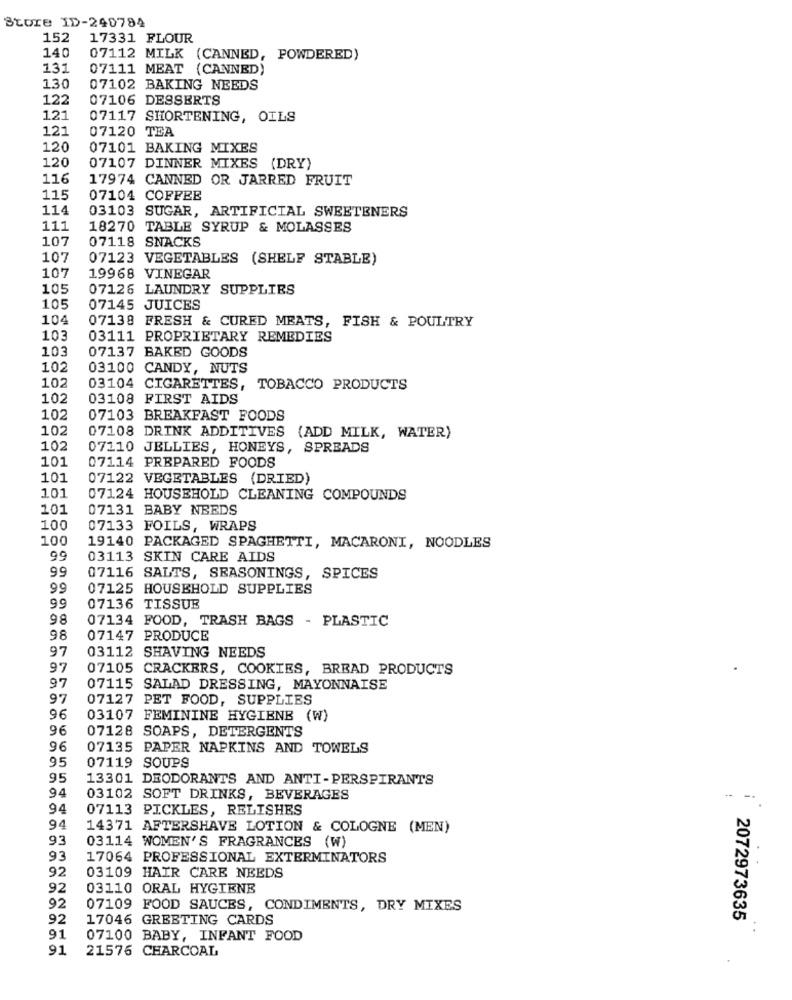
Store ID-240794
152
17331 FLOUR
140
07112 MILK (CANNED, POWDERED)
131
07111 MEAT (CANNED)
130
07102 BAKING NEEDS
122
07106 DESSERTS
121
07117 SHORTENING, OILS
121
07120 TEA
120
07101 BAKING MIXES
120
07107 DINNER MIXES (DRY)
116
17974 CANNED OR JARRED FRUIT
115
07104 COFFEE
114
03103 SUGAR, ARTIFICIAL SWEETENERS
111
18270 TABLE SYRUP & MOLASSES
107
07118 SNACKS
107
07123 VEGETABLES (SHELF STABLE)
107
19968 VINEGAR
105
07126 LAUNDRY SUPPLIES
105
07145 JUICES
104
07138 FRESH & CURED MEATS, FISH & POULTRY
103
03111 PROPRIETARY REMEDIES
103
07137 BAKED GOODS
102
03100 CANDY, NUTS
102
03104 CIGARETTES, TOBACCO PRODUCTS
102
03108 FIRST AIDS
102
07103 BREAKFAST FOODS
102
07108 DRINK ADDITIVES (ADD MILK, WATER)
102
07110 JELLIES, HONEYS, SPREADS
101
07114 PREPARED FOODS
101
07122 VEGETABLES (DRIED)
101
07124 HOUSEHOLD CLEANING COMPOUNDS
101
07131 BABY NEEDS
100
07133 FOILS, WRAPS
100
19140 PACKAGED SPAGHETTI, MACARONI, NOODLES
99
03113 SKIN CARE AIDS
99
07116 SALTS, SEASONINGS, SPICES
99
07125 HOUSEHOLD SUPPLIES
99
07136 TISSUE
98
07134 FOOD, TRASH BAGS - PLASTIC
98
07147 PRODUCE
97
03112 SHAVING NEEDS
97
07105 CRACKERS, COOKIES, BREAD PRODUCTS
97
07115 SALAD DRESSING, MAYONNAISE
97
07127 PET FOOD, SUPPLIES
96
03107 FEMININE HYGIENE (W)
96
07128 SOAPS, DETERGENTS
96
07135 PAPER NAPKINS AND TOWELS
95
07119 SOUPS
95
13301 DEODORANTS AND ANTI-PERSPIRANTS
94
03102 SOFT DRINKS, BEVERAGES
94
07113 PICKLES, RELISHES
94
14371 AFTERSHAVE LOTION & COLOGNE (MEN)
93
03114 WOMEN'S FRAGRANCES (W)
93
17064 PROFESSIONAL EXTERMINATORS
92
03109
HAIR CARE NEEDS
92
03110
ORAL HYGIENE
92
07109
FOOD SAUCES, CONDIMENTS, DRY MIXES
92
17046 GREETING CARDS
2072973635
91
07100 BABY, INFANT FOOD
91
21576 CHARCOAL